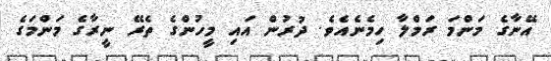
އޭނާގެ މަންމަ ރަމްލާ ހިމެނެއެވެ. ދުރުން އައި މީހުންގެ ތެރޭ ނީރާގެ މަންމަގެ